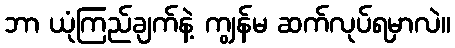
ဘာ ယုံကြည်ချက်နဲ့ ကျွန်မ ဆက်လုပ်ရမှာလဲ။